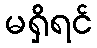
မရှိရင်